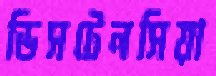
ডিসটেনসিয়া